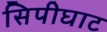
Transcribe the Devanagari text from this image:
सिपीघाट